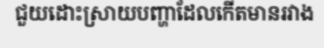
ជួយដោះស្រាយបញ្ហាដែលកើតមានរវាង